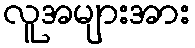
လူအများအား